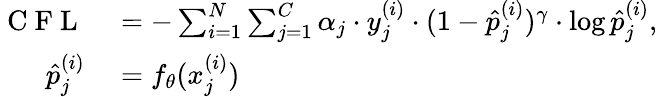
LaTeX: \begin{array}{rl}{\mathrm{~C~F~L~}}&{{}=-\sum_{i=1}^{N}\sum_{j=1}^{C}\alpha_{j}\cdot y_{j}^{(i)}\cdot(1-\hat{p}_{j}^{(i)})^{\gamma}\cdot\log{\hat{p}_{j}^{(i)}},}\\ {\hat{p}_{j}^{(i)}}&{{}=f_{\theta}(x_{j}^{(i)})}\end{array}